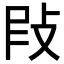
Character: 𢼖